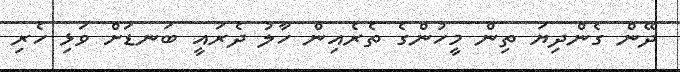
ދޭން ގެންދިޔަ ތިން މީހުންގެ ތެރެއިން ހާލު ދެރައީ ބަނޑަށް ވަޅި ހެރި